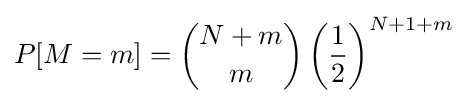
P[M=m]={\binom {N+m}{m}}\left({\frac {1}{2}}\right)^{N+1+m}